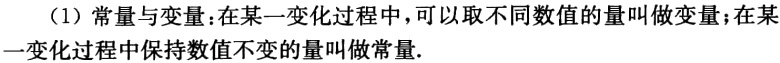
（1）常量与变量：在某一变化过程中，可以取不同数值的量叫做变量；在某一变化过程中保持数值不变的量叫做常量.